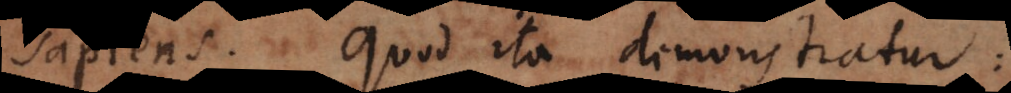
sapiens. Quod ita demonstratur: